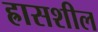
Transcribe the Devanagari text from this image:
ह्रासशील